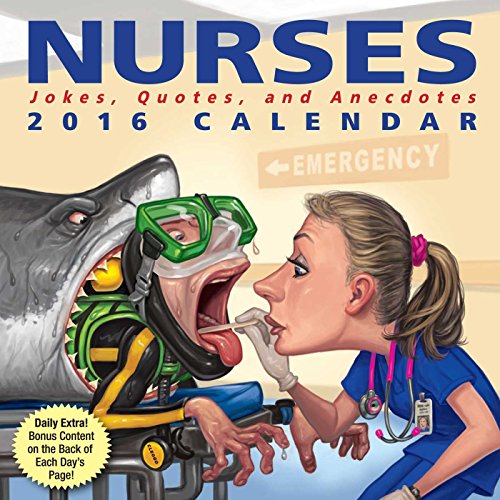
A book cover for Nurses 2016 Day-to-Day Calendar: Jokes, Quotes, and Anecdotes; Andrews McMeel Publishing LLC; Calendars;